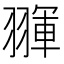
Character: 𦑩